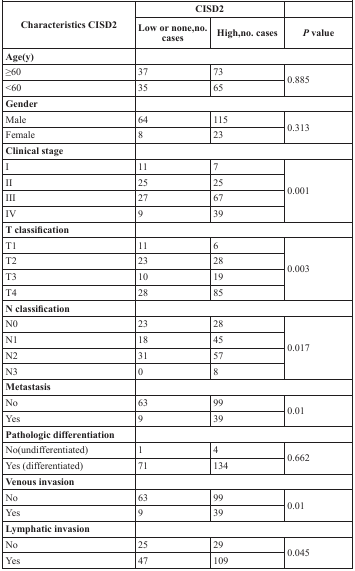
| <ROWSPAN=2> Characteristics CISD2 | <COLSPAN=2> CISD2 |  |
 | Low or none,no. cases | High,no. cases | P value |
 | --- | --- | --- | --- |
 | Age(y) | <COLSPAN=3>  |
 | ≥60 | 37 | 73 | <ROWSPAN=2> 0.885 |
 | <60 | 35 | 65 |
 | Gender | <COLSPAN=3>  |
 | Male | 64 | 115 | <ROWSPAN=2> 0.313 |
 | Female | 8 | 23 |
 | Clinical stage | <COLSPAN=3>  |
 | I | 11 | 7 | <ROWSPAN=4> 0.001 |
 | II | 25 | 25 |
 | III | 27 | 67 |
 | IV | 9 | 39 |
 | T classification | <COLSPAN=3>  |
 | T1 | 11 | 6 | <ROWSPAN=4> 0.003 |
 | T2 | 23 | 28 |
 | T3 | 10 | 19 |
 | T4 | 28 | 85 |
 | N classification | <COLSPAN=3>  |
 | N0 | 23 | 28 | <ROWSPAN=4> 0.017 |
 | N1 | 18 | 45 |
 | N2 | 31 | 57 |
 | N3 | 0 | 8 |
 | Metastasis | <COLSPAN=3>  |
 | No | 63 | 99 | <ROWSPAN=2> 0.01 |
 | Yes | 9 | 39 |
 | Pathologic differentiation | <COLSPAN=3>  |
 | No(undifferentiated) | 1 | 4 | <ROWSPAN=2> 0.662 |
 | Yes (differentiated) | 71 | 134 |
 | Venous invasion | <COLSPAN=3>  |
 | No | 63 | 99 | <ROWSPAN=2> 0.01 |
 | Yes | 9 | 39 |
 | Lymphatic invasion | <COLSPAN=3>  |
 | No | 25 | 29 | <ROWSPAN=2> 0.045 |
 | Yes | 47 | 109 |